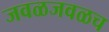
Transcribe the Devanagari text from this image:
जवळजवळच